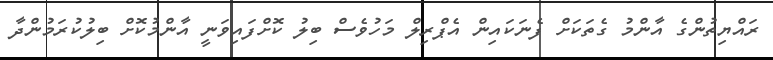
ރައްޔިތުންގެ އާންމު ގެތަކަށް ފެނަކައިން އެޕްރިލް މަހުވެސް ބިލު ކޮށްފައިވަނީ އާންމުކޮށް ބިލުކުރަމުންދާ